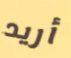
أريد